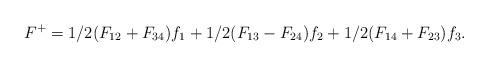
LaTeX: \begin{align*}F^+= 1/2(F_{12}+F_{34})f_1+1/2(F_{13}-F_{24})f_2+1/2(F_{14}+F_{23})f_3 .\end{align*}